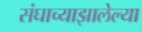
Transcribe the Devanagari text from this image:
संघाच्याझालेल्या